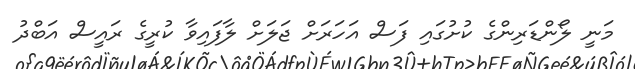
މަނީ ލޯންޑަރިންގެ ކުށުގައި ފަސް އަހަރަށް ޖަލަށް ލާފައިވާ ކުރީގެ ރައީސް އަބްދު